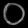
Digit: ၀